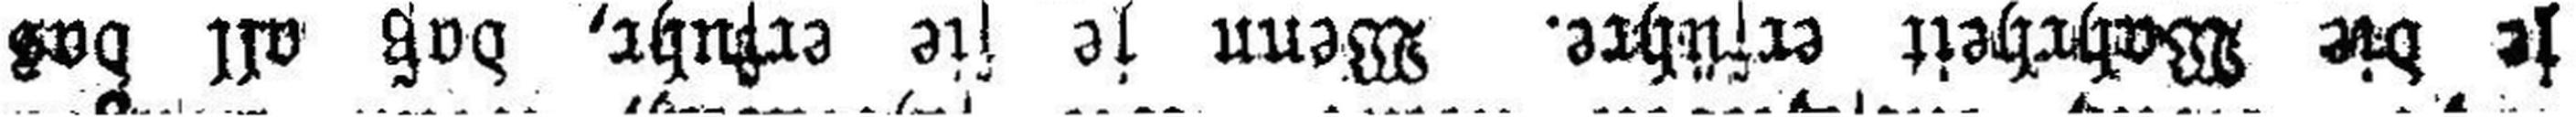
je die Wahrheit erführe. Wenn je sie erfuhr, daß all das